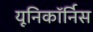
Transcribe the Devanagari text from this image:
यूनिकॉर्निस